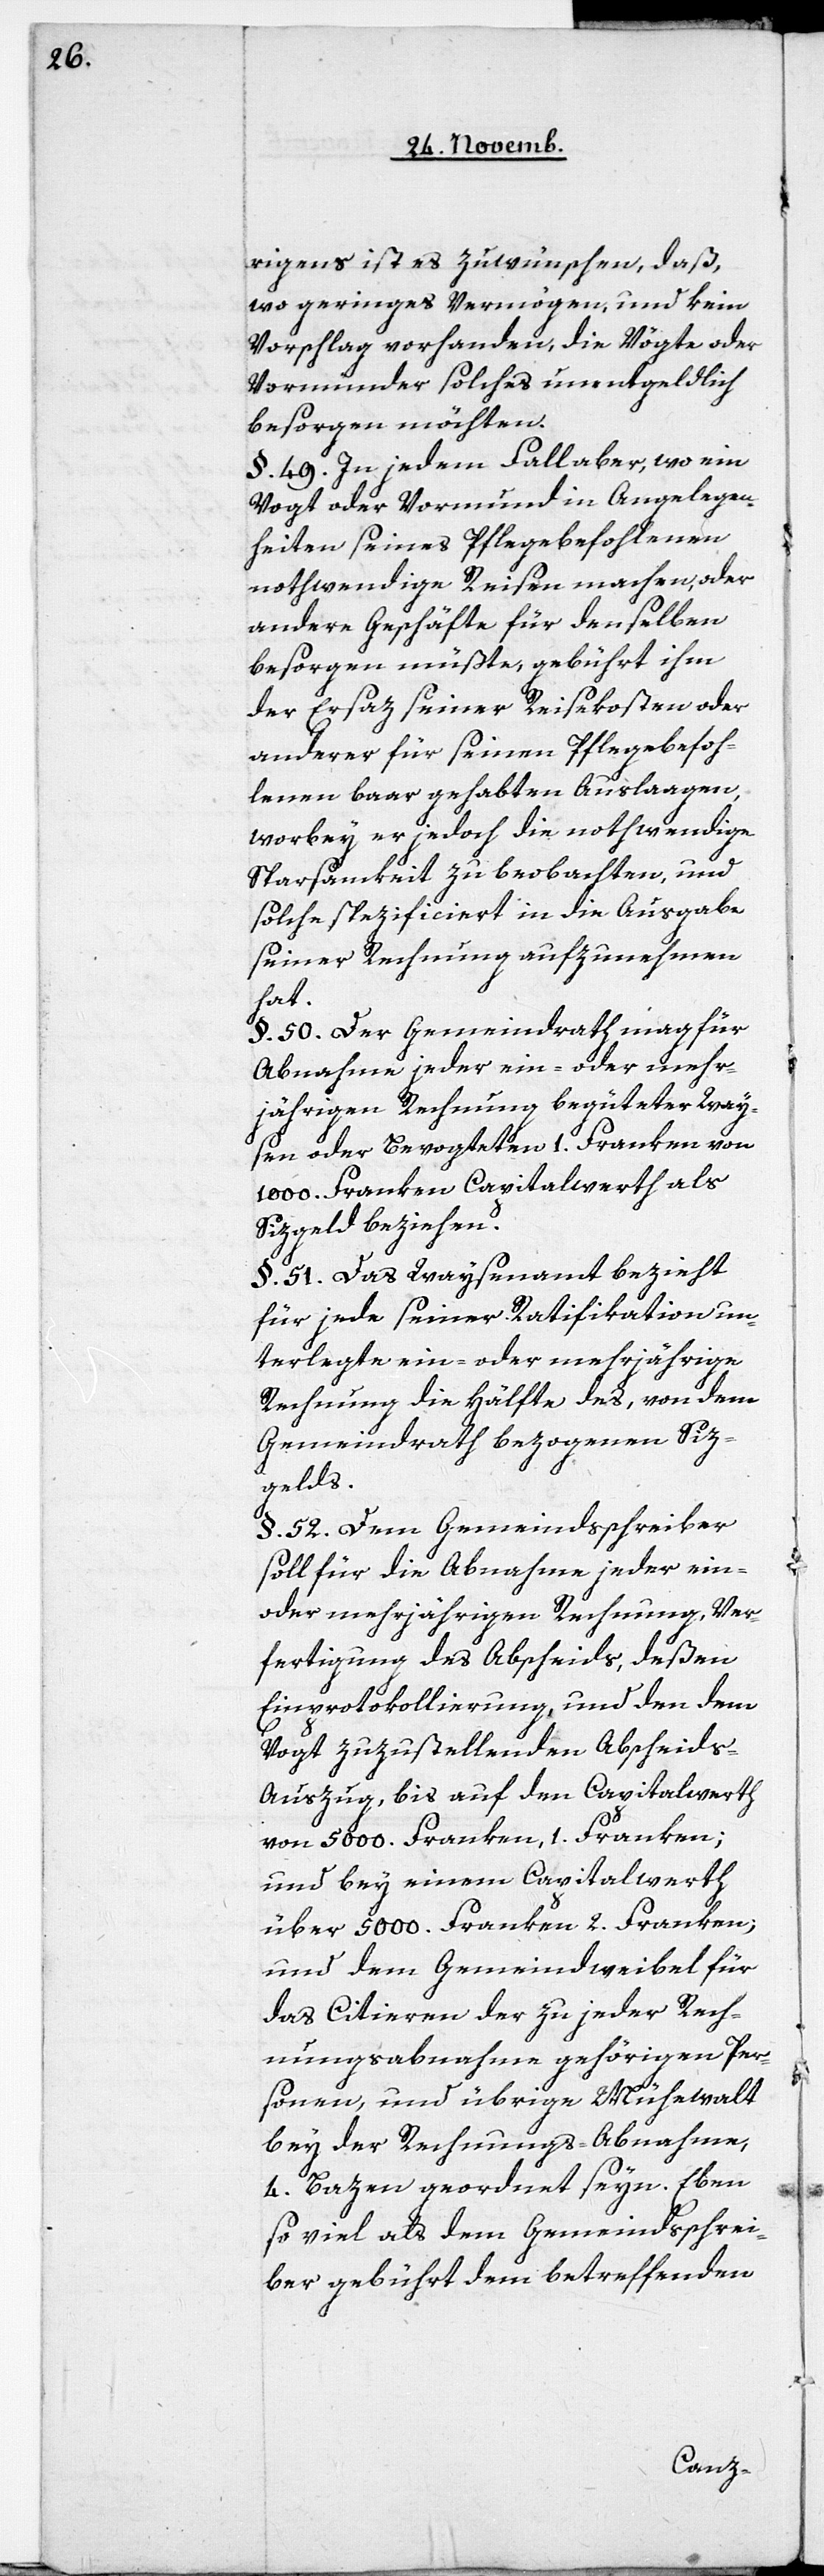
rigens ist es zu wünschen, daß,
wo geringes Vermögen, und kein
Vorschlag vorhanden, die Vögte oder
Vormünder solches unentgeldlich
besorgen möchten.
§. 49. In jedem Fall aber, wo ein
Vogt oder Vormund in Angelegen¬
heiten seines Pflegebefohlenen
nothwendige Reisen machen, oder
andere Geschäfte für denselben
besorgen müßte, gebührt ihm
der Ersatz seiner Reisekosten oder
anderer für seinen Pflegebefoh¬
lenen baar gehabten Auslagen,
worbey er jedoch die nothwendige
Sparsamkeit zu beobachten, und
solche specificiert in die Ausgabe
seiner Rechnung aufzunehmen
hat.
§. 50. Der Gemeindrath mag für
Abnahme jeder ein- oder mehr¬
jährigen Rechnung begüteter Way¬
sen oder Bevogteten 1. Franken von
1000. Franken Capitalwerth als
Sizgeld beziehen.
§. 51. Das Waysenamt bezieht
für jede seiner Ratifikation un¬
terlegte ein- oder mehrjährige
Rechnung die Hälfte des, von dem
Gemeindrath bezogenen Siz¬
gelds.
§. 52. Dem Gemeindsschreiber
soll für die Abnahme jeder ein-
oder mehrjährigen Rechnung, Ver¬
fertigung des Abscheids, deßen
Einprotokollierung, und den dem
Vogt zuzustellenden Abscheids-A¬
uszug, bis auf den Capitalwerth
von 5000. Franken, 1. Franken;
und bey einem Capitalwerth
über 5000. Franken 2. Franken;
und dem Gemeindweibel für
das Citieren der zu jeder Rech¬
nungsabnahme gehörigen Per¬
sonen, und übrige Mühewalt
bey der Rechnungs-Abnahme,
4. Bazen geordnet seyn. Eben
so viel als dem Gemeindsschrei¬
ber gebührt dem betreffenden